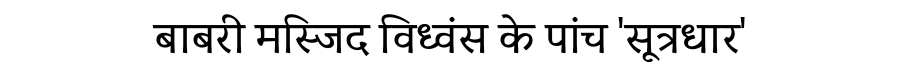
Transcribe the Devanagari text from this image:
बाबरी मस्जिद विध्वंस के पांच 'सूत्रधार'